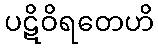
ပဋိဝိရတေဟိ